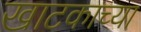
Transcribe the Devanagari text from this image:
खाटकाच्या